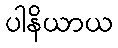
ပါနိယာယ